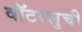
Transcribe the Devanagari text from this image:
वॉटरलुची